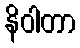
နိဝါတာ